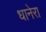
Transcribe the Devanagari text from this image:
धानेरा